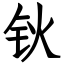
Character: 钬